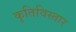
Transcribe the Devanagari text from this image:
कृतिविस्तार